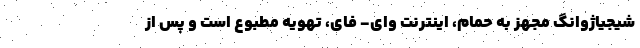
شیجیاژوانگ مجهز به حمام، اینترنت وای- فای، تهویه مطبوع است و پس از